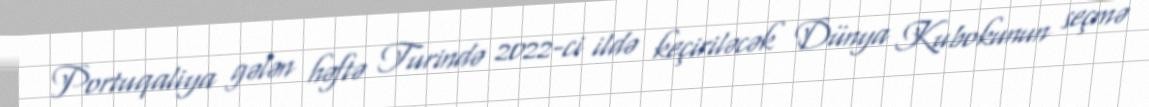
Portuqaliya gələn həftə Turində 2022-ci ildə keçiriləcək Dünya Kubokunun seçmə